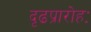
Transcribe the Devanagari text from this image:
दृढप्रारोहः